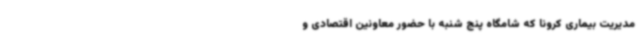
مدیریت بیماری کرونا که شامگاه پنج شنبه با حضور معاونین اقتصادی و